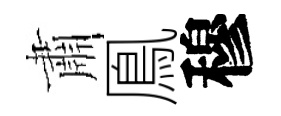
肅鳯穆